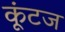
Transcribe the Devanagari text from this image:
कूंटज